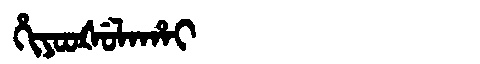
Manchu: ᡥᡳᠶᠣᠣᡧᡠᠯᠠᡥᠠᡳ
Romanization: HIYOOŠULAHAI